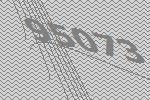
95073